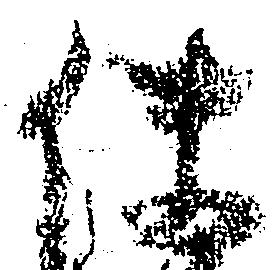
使